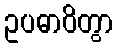
ဥပဓာဝိတွာ